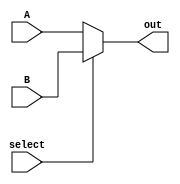
module Mux(
    input [31:0] A, B,
    input select,
    output [31:0] out
);

    assign out = select ? B : A;

endmodule